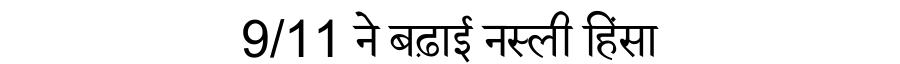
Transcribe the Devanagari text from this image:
9/11 ने बढ़ाई नस्ली हिंसा